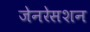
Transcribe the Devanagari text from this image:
जेनरेसशन